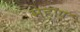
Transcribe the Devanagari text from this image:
मेहूण